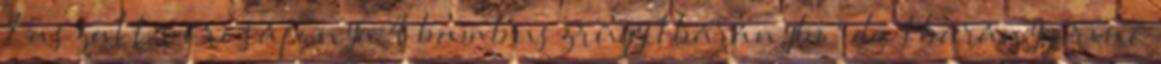
7 aszalt vörösáfonya 4 bambuszrügy 1 bárányborda 1 báránygerinc